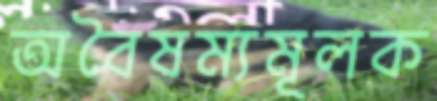
অবৈষম্যমূলক